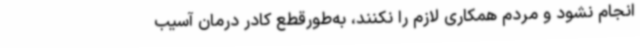
انجام نشود و مردم همکاری لازم را نکنند، به‌طورقطع کادر درمان آسیب